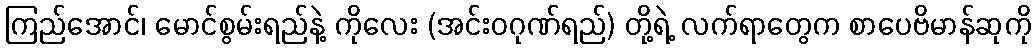
ကြည်အောင်၊ မောင်စွမ်းရည်နဲ့ ကိုလေး (အင်းဝဂုဏ်ရည်) တို့ရဲ့ လက်ရာတွေက စာပေဗိမာန်ဆုကို